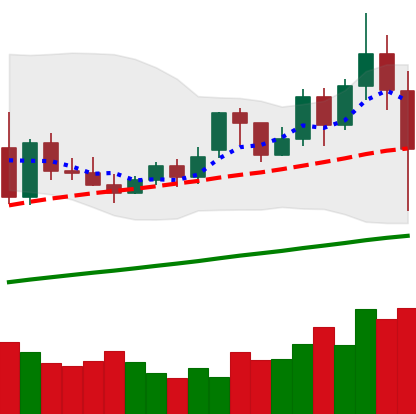
Ticker: XMR-USD
Chart end date: 2020-11-26
Forward return: 5.511%
Label: up_5_7